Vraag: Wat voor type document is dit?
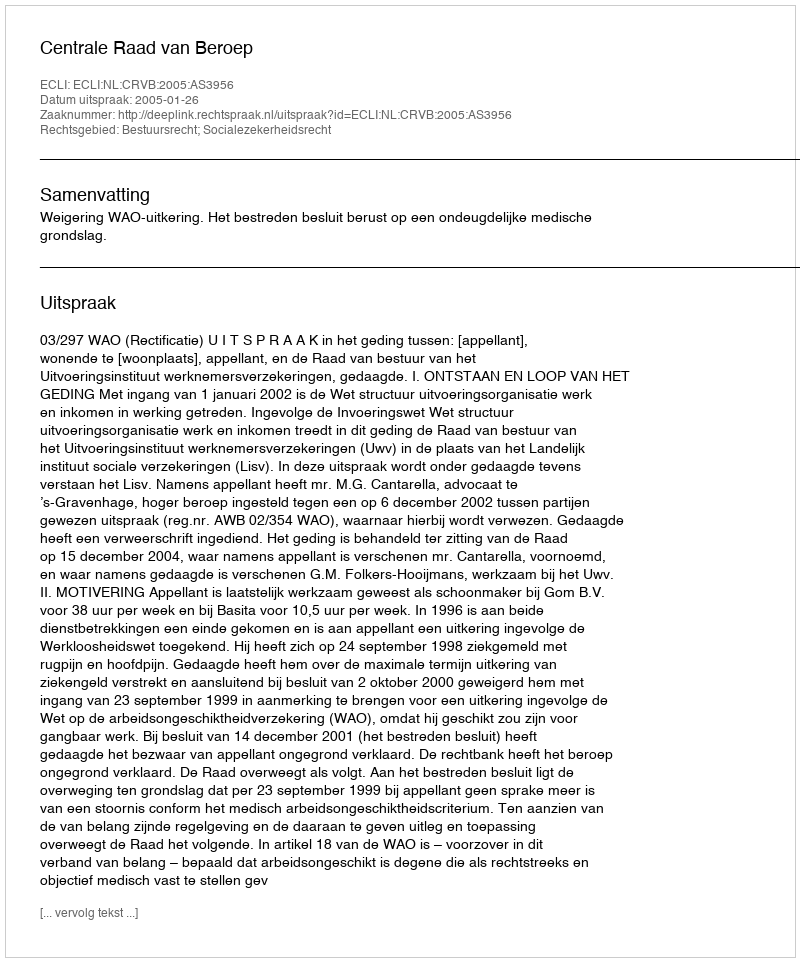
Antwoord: Uitspraak